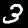
Digit: 3